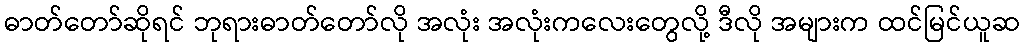
ဓာတ်တော်ဆိုရင် ဘုရားဓာတ်တော်လို အလုံး အလုံးကလေးတွေလို့ ဒီလို အများက ထင်မြင်ယူဆ